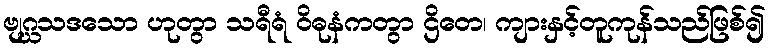
ဗျဂ္ဃသဒသော ဟုတွာ သရီရံ ဝိဓုနံကတွာ ဌိတေ၊ ကျားနှင့်တူကုန်သည်ဖြစ်၍